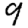
Digit: 9